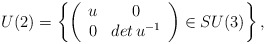
\begin{align*}U(2)=\left\{\left(\begin{array}{cc}u & 0\\0 & {det\,u^{-{1}}}\\\end{array}\right) \in SU(3)\right\},\end{align*}